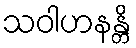
သဝါဟနန္တိ